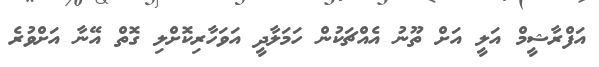
އަފްރާޝީމް އަލީ އަށް ތޫނު އެއްޗަކުން ހަމަލާދީ އަވަހާރިކޮށްލި ގޮތް އޭނާ އަށްވުރެ